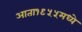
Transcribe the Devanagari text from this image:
आता१९५५मध्ये